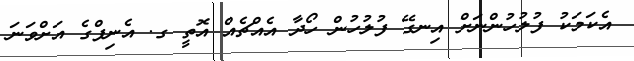
އެކަމަކު ފުލުހުންނަށް އިނގޭ ފުލުހުން ހޯދާ އެއްޗެއް އޮތީ ގ. އެނިފްގެ އަށްވަނަ